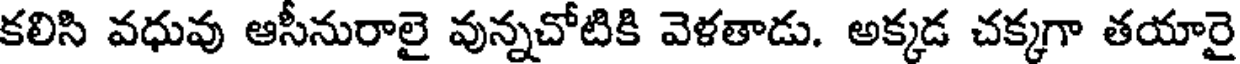
కలిసి వధువు ఆసీనురాలై వున్నచోటికి వెళతాడు. అక్కడ చక్కగా తయారై